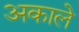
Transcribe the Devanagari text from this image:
अकाले